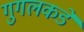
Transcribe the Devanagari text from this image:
गुगलकडे